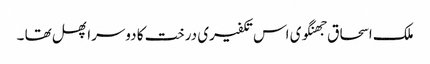
ملک اسحاق جھنگوی اس تکفیری درخت کا دوسرا پھل تھا ۔